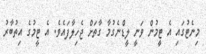
މިނެޓުގައި އެ ޓީމުން ވަނީ ލީޑްނެގުމާ ގާތަށް ޖެހިލާފައެވެ. އެ ޓީމުގެ އިތުބާރު